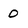
Character: 0